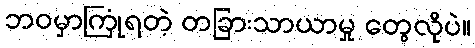
ဘဝမှာကြုံရတဲ့ တခြားသာယာမှု တွေလိုပဲ။